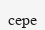
сере